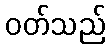
ဝတ်သည်